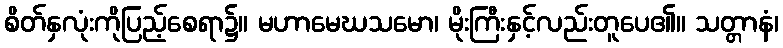
စိတ်နှလုံးကိုပြည့်စေရာ၌။ မဟာမေဃသမော၊ မိုးကြီးနှင့်လည်းတူပေ၏။ သတ္တာနံ၊